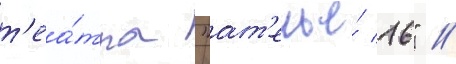
т'еа́тра "ат'елье́ 16" //